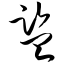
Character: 监